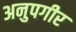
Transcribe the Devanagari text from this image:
अनुपगीर